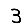
Digit: 3